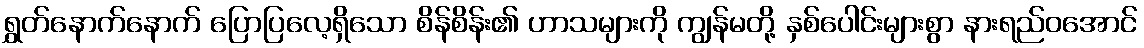
ရွှတ်နောက်နောက် ပြောပြလေ့ရှိသော စိန်စိန်း၏ ဟာသများကို ကျွန်မတို့ နှစ်ပေါင်းများစွာ နားရည်ဝအောင်